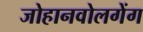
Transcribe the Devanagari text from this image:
जोहानवोलगेंग